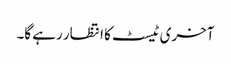
آخری ٹیسٹ کا انتظار رہے گا۔